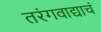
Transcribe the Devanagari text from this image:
तरंगवाद्याचं